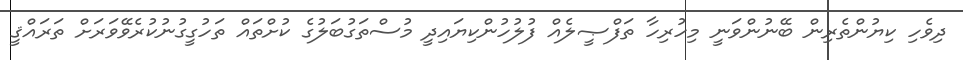
ދިވެހި ކިޔުންތެރިން ބޭނުންވަނީ މިހުރިހާ ތަފްޞީލެއް ފުލުހުންކިޔައިދީ މުސްތަގުބަލުގެ ކުށްތައް ތަހުގީގުނުކުރެވޭވަރަށް ތަރައްޤީ